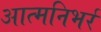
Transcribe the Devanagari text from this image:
आत्मनिभर्र